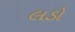
લડો